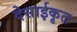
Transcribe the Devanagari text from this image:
देसाईकृत